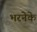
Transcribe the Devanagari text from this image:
भरनेके